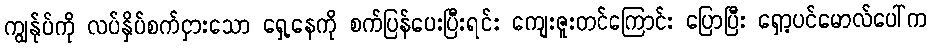
ကျွန်ုပ်ကို လပ်နှိပ်စက်ငှားသော ရှေ့နေကို စက်ပြန်ပေးပြီးရင်း ကျေးဇူးတင်ကြောင်း ပြောပြီး ရှော့ပင်မောလ်ပေါ်က